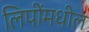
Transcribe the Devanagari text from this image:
लिपींमधील